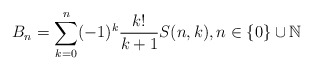
\begin{align*}B_n=\sum_{k=0}^n(-1)^k\frac{k!}{k+1}S(n,k), n\in\{0\}\cup\mathbb{N}\end{align*}